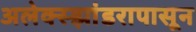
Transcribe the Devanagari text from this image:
अलेक्स्झांडरापासून